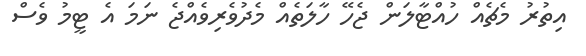
އިތުރު މެޗެއް ހުއްޓާލަން ޖެހޭ ހާލަތެއް މެދުވެރިވެއްޖެ ނަމަ އެ ޓީމު ވެސް